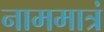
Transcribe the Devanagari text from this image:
नाममात्रं